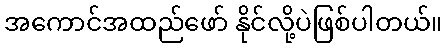
အကောင်အထည်ဖော် နိုင်လို့ပဲဖြစ်ပါတယ်။